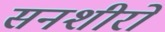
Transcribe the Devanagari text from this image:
सनशीरो